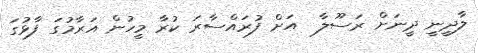
ލާދީނީ ދީނަށް ރަސޫލާ  އަށް ފުރައްސާރަ ކުރާ މީހުން އަރާމުގަ ފާޅުގަ